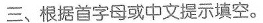
三、根据首字母或中文提示填空。